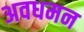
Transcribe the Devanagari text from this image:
अवधमन